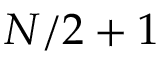
N / 2 + 1